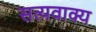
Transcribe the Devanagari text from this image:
सत्यवाक्य